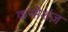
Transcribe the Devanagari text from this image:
कन्सेशंज़